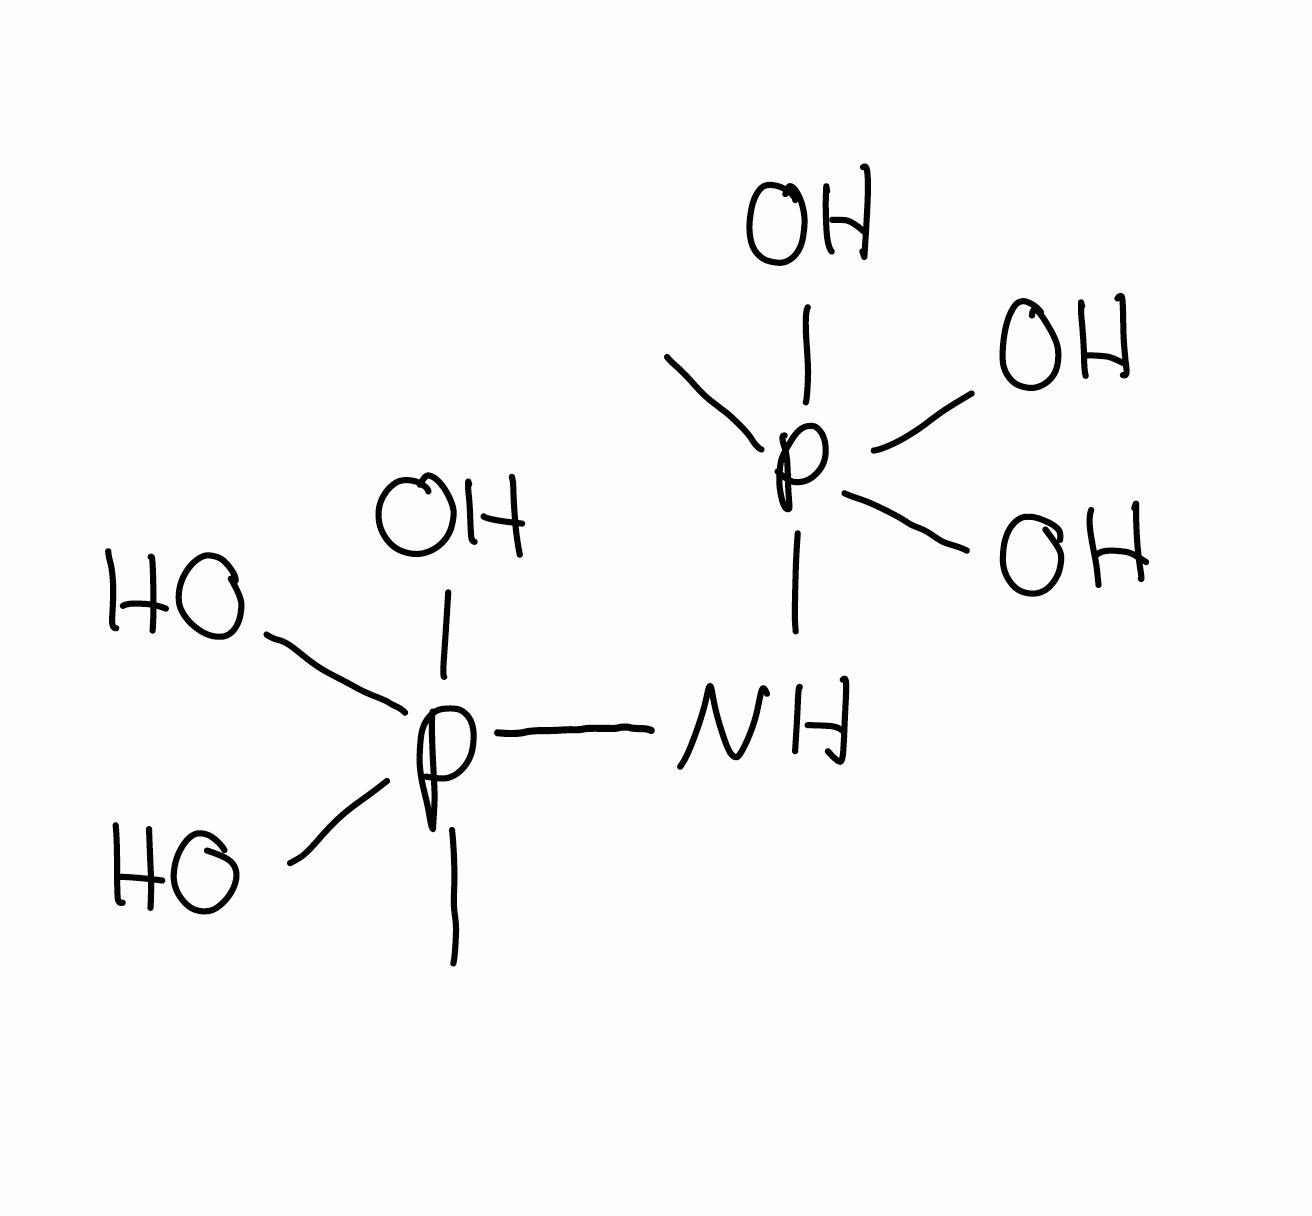
Simplified molecular-input line-entry system (SMILES) notation of the given molecule:
CP(NP(C)(O)(O)O)(O)(O)O